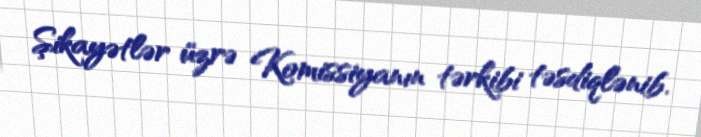
Şikayətlər üzrə Komissiyanın tərkibi təsdiqlənib.